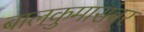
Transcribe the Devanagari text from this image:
बालकुमारांवर